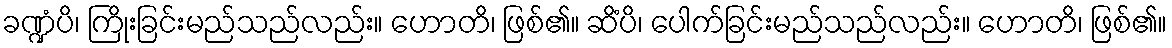
ခဏ္ဍံပိ၊ ကြိုးခြင်းမည်သည်လည်း။ ဟောတိ၊ ဖြစ်၏။ ဆိံပိ၊ ပေါက်ခြင်းမည်သည်လည်း။ ဟောတိ၊ ဖြစ်၏။